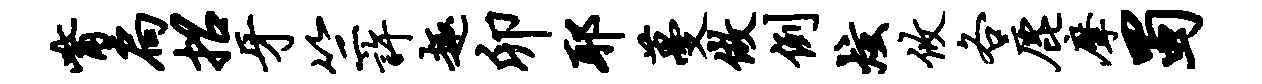
觜扃招牙竺许趣卯耶蔓做例炫攸各鹿摩蜀